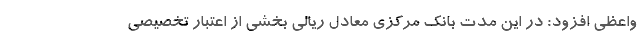
واعظی افزود: در این مدت بانک مرکزی معادل ریالی بخشی از اعتبار تخصیصی